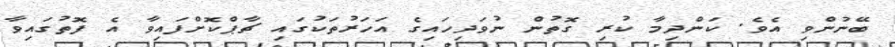
ބޭނުންވި އެވެ. ކަންދިމާ ކުރި ގޮތުން ނުވަދިހައިގެ އަހަރުތަކުގައި ޗާޕްކޮށްފައިވާ އެ ފޮތުގައިވާ